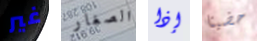
غير الصغار إذا حضينا